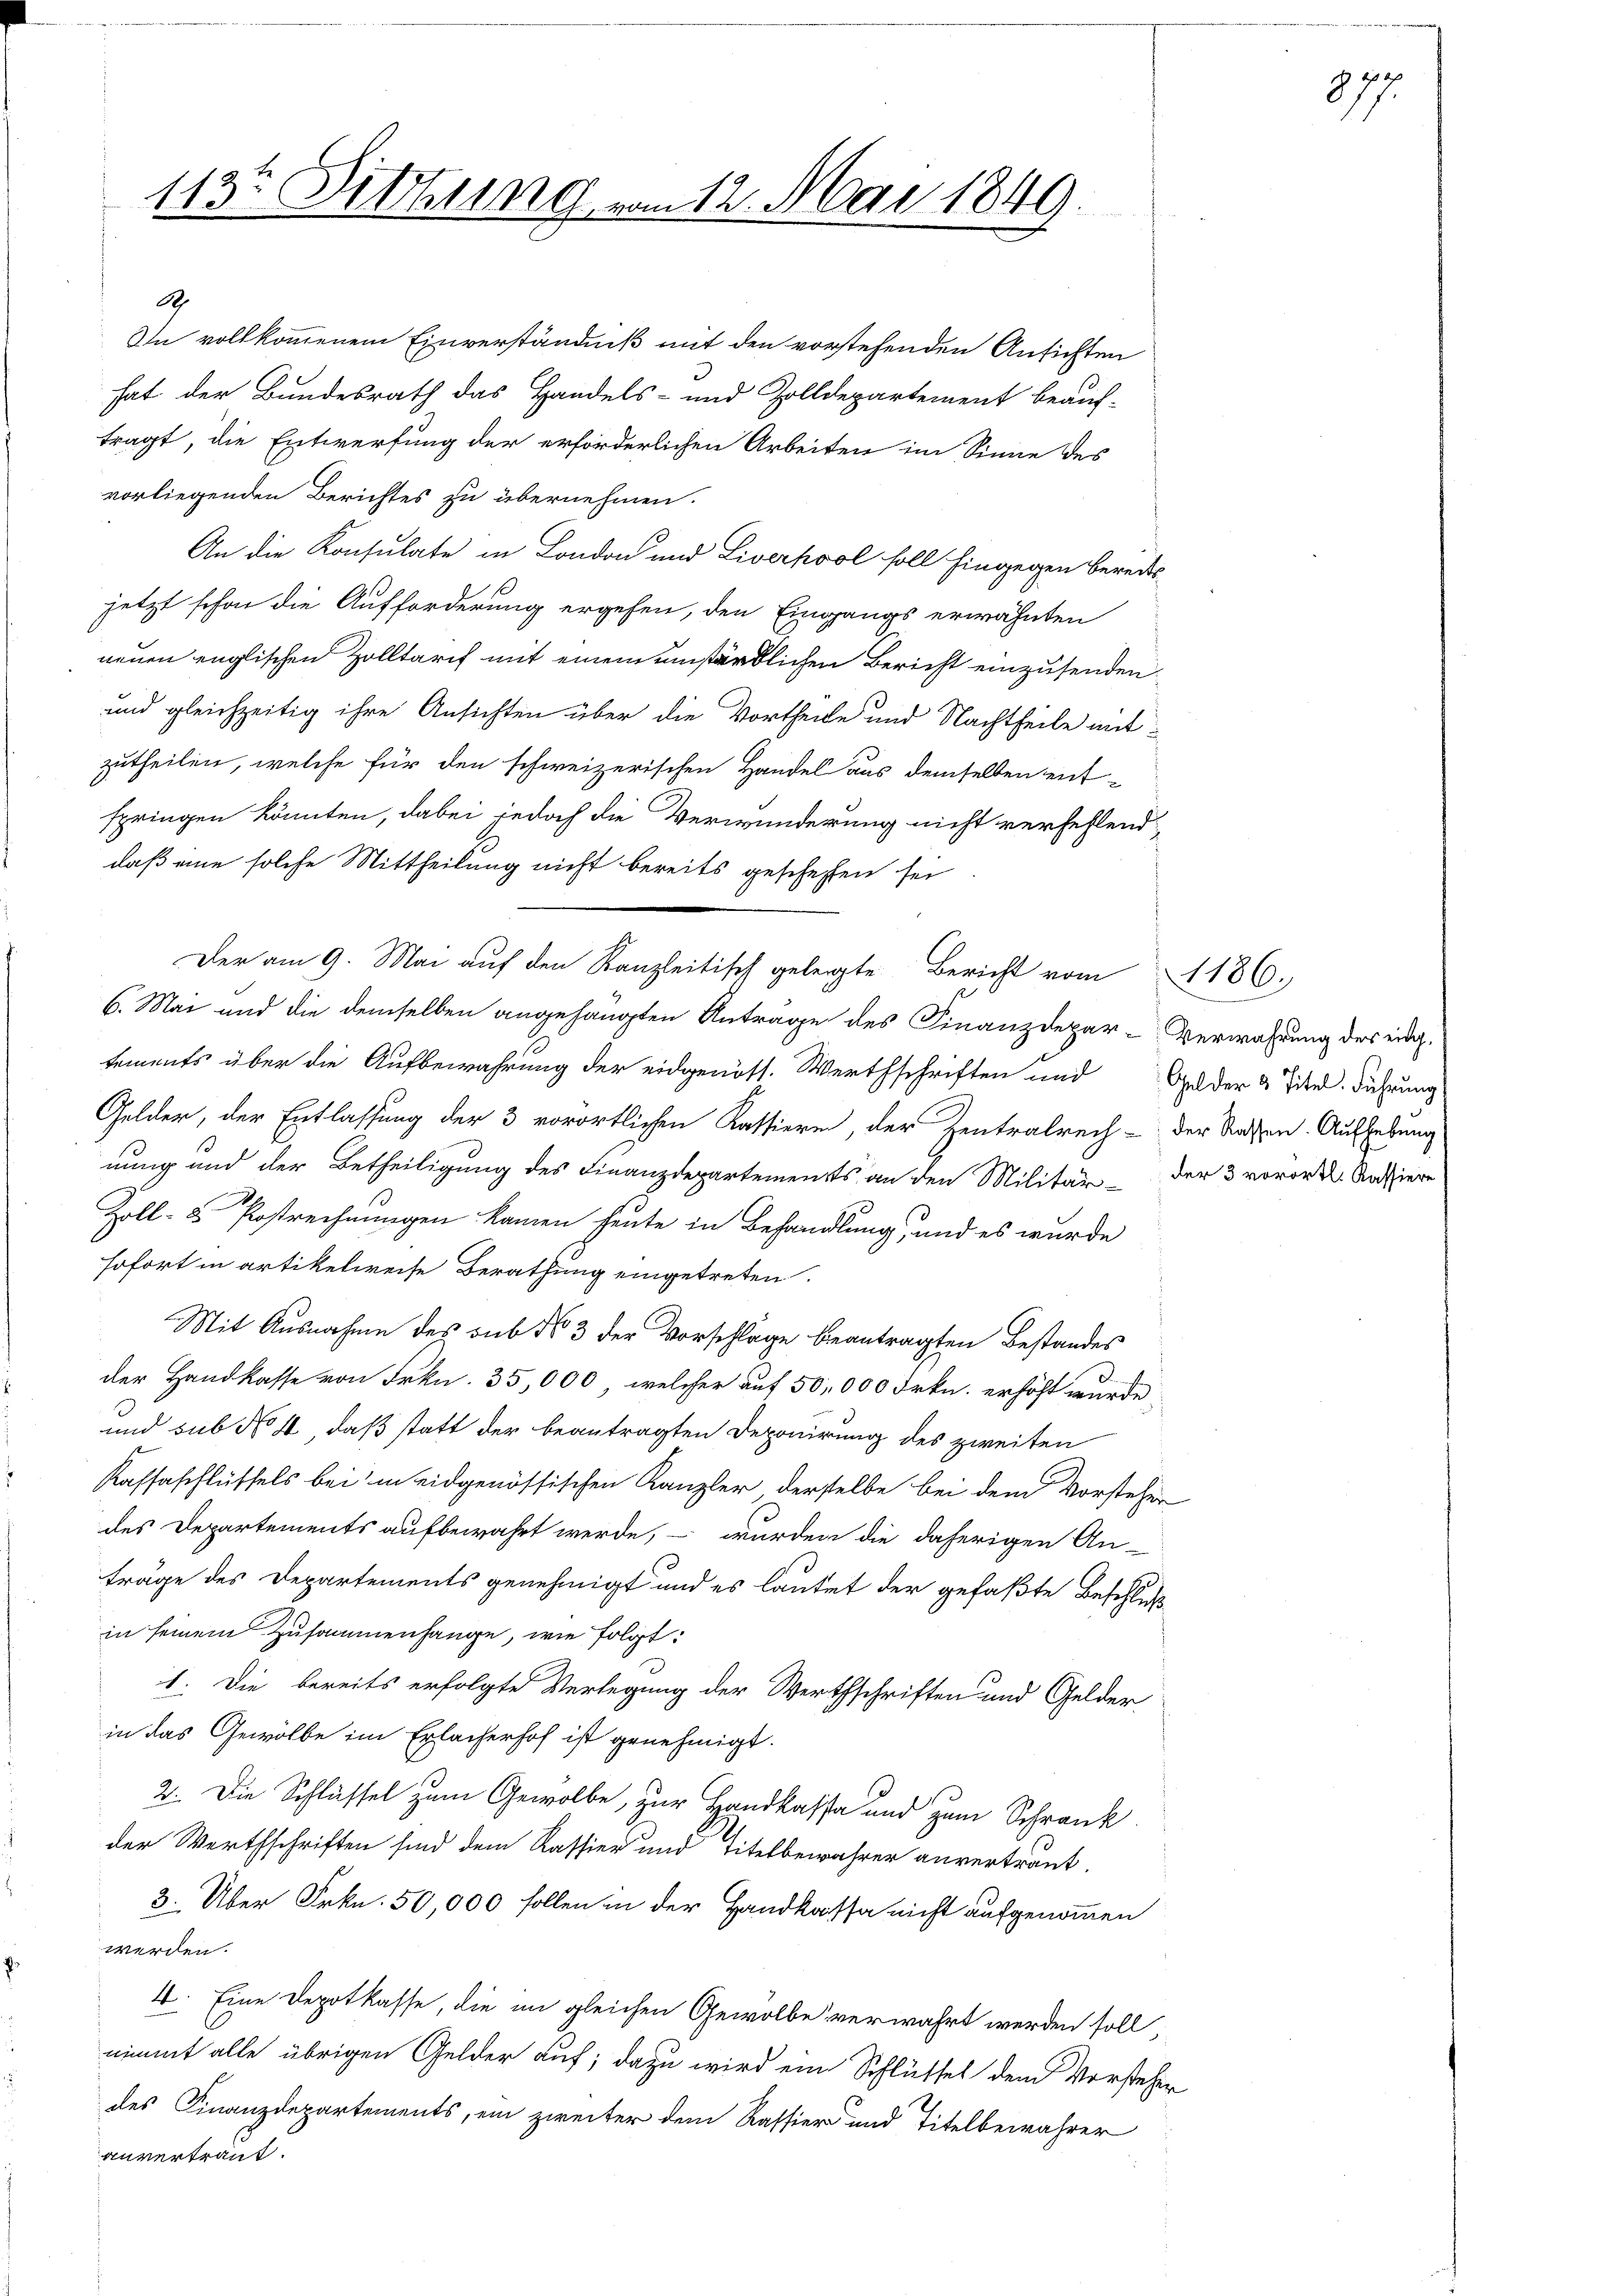
d
In vollkommenem Einverständniß mit den vorstehenden Ansichten
hat der Bundesrath das Handels- und Zolldepartement beauf-
tragt, die Entwerfung der erforderlichen Arbeiten im Sinne des
vorliegenden Berichtes zu übernehmen.
An die Konsulate in London und Liverkool soll hingegen bereits
jetzt schon die Aufforderung ergehen, den Eingangs erwähnten
neuen englischen Zolltarif mit einem umständlichen Bericht einzusenden.
und gleichzeitig ihre Ansichten über die Vortheile und Nachtheile mitzutheilen, welche für den schweizerischen Handel aus demselben ent-
springen könnten, dabei jedoch die Verwunderung nicht verfehlend
daß eine solche Mittheilung nicht bereits geschehen sei
6. Mai und die demselben angehängten Antrage des Finanzdepar-Verwahrung der eing.
tements über die Aufbewahrung der eidgenöss. Werthschriften und Gelder & Titel. Führung
Gelder, der Entlassung der 3 vorörtlichen Kattieren, der Zentralrech- der Strassen. Aufhebung
nung und der Betheiligung des Finanzdepartements an den Militär- der 3 vorort Kassiere
Zoll- u Postrechnungen kamen heute in Behandlung, und es wurde
sofort in artikelweise Berathung eingetreten.
Mit Ausnahme des sub No 3 der Vorschläge beantragten Bestandes
der Handkasse von Frkn. 35,000, welcher auf 50,000 Frkn. erhöht wurde,
und sub No 4, daß statt der beantragten Deponirung des zweiten
Kassaschlüssels bei in eidgenössischen Kanzler derselbe bei dem Vorsteher
des Departements aufbewahrt werde, – wurden die daherigen An-
träge des Departements genehmigt und es lautet der gefaßte Beschluß
in seinem Zusammenhange, wie folgt:
1. Die bereits erfolgte Verlegung der Werthschriften und Gelder
in das Gewölbe im Erlacherhof ist genehmigt.
2. Die Schlüssel zum Gewölbe, zur Handkassa und zum Schrank
der Werthschriften sind dem Kassier und Titelbewahrer anvertraut.
3. Über Frkn. 50,000 follen in der Handkassa nicht aufgenommen
werden.
4. Eine Depotkasse, die im gleichen Gewölbe verwahrt werden soll,
nimmt alle übrigen Gelder auf; dazu wird ein Schlüsses dem Vorsteher
des Finanzdepartements, ein zweiter dem Kassiere und Titelbewahrer
anvertraut.

113. Dittung vom 12. Mai 1849.

Der am 9. Mai aŭf den Kanzleitisch gelegte Bericht vom 1186.

877.